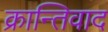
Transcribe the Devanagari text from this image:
क्रान्तिवाद